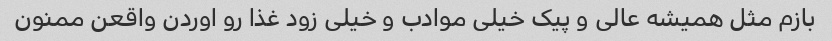
بازم مثل همیشه عالی و پیک خیلی موادب و خیلی زود غذا رو اوردن واقعن ممنون